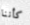
كأننا